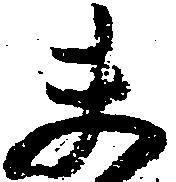
夫